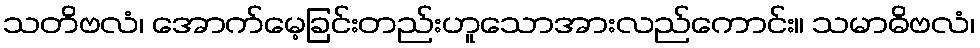
သတိဗလံ၊ အောက်မေ့ခြင်းတည်းဟူသောအားလည်ကောင်း။ သမာဓိဗလံ၊